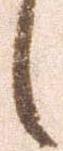
候